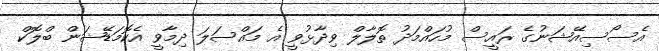
އެސޯސިއޭޝަނުގެ ރައީސް މުހައްމަދު ތޮލާލް ވިދާޅުވީ އެ މައްސަލަ ދިމާވީ އެކޮމަޑޭޝަން ބްލޮކް